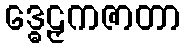
ဒ္ဓေဠှကဇာတာ